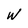
Character: W